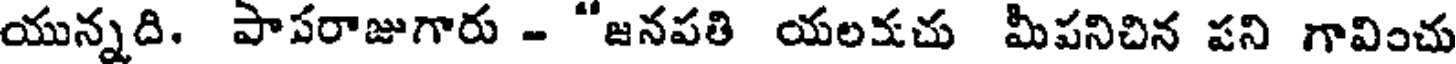
యున్నది. పాపరాజుగారు - "జనపతి యలకచు మీపనిచిన పని గావించు